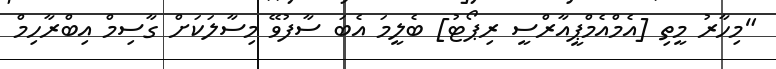
"މިހާރު މީތި [އެމްއެމްޕީއާރްސީ ރިޕޯޓު] ބެލީމަ އެބަ ސާފުވޭ މިސާލަކަށް ގާސިމް އިބްރާހިމް